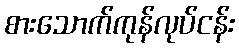
စားသောက်ကုန်လုပ်ငန်း